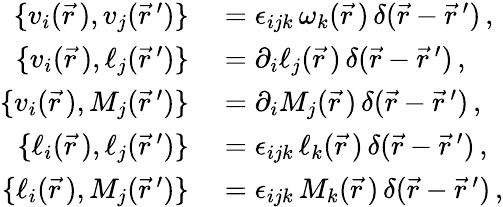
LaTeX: \begin{array}{rl}{\{ v_{i}(\vec{r\, }),v_{j}(\vec{r}\, ^{\prime})\} }&{{}=\epsilon_{ijk}\, \omega_{k}(\vec{r\, })\, \delta(\vec{r}-\vec{r}\, ^{\prime})\, ,}\\ {\{ v_{i}(\vec{r\, }),\ell_{j}(\vec{r}\, ^{\prime})\} }&{{}=\partial_{i}\ell_{j}(\vec{r\, })\, \delta(\vec{r}-\vec{r}\, ^{\prime})\, ,}\\ {\{ v_{i}(\vec{r\, }),M_{j}(\vec{r}\, ^{\prime})\} }&{{}=\partial_{i}M_{j}(\vec{r\, })\, \delta(\vec{r}-\vec{r}\, ^{\prime})\, ,}\\ {\{ \ell_{i}(\vec{r\, }),\ell_{j}(\vec{r}\, ^{\prime})\} }&{{}=\epsilon_{ijk}\, \ell_{k}(\vec{r\, })\, \delta(\vec{r}-\vec{r}\, ^{\prime})\, ,}\\ {\{ \ell_{i}(\vec{r\, }),M_{j}(\vec{r}\, ^{\prime})\} }&{{}=\epsilon_{ijk}\, M_{k}(\vec{r\, })\, \delta(\vec{r}-\vec{r}\, ^{\prime})\, ,}\end{array}